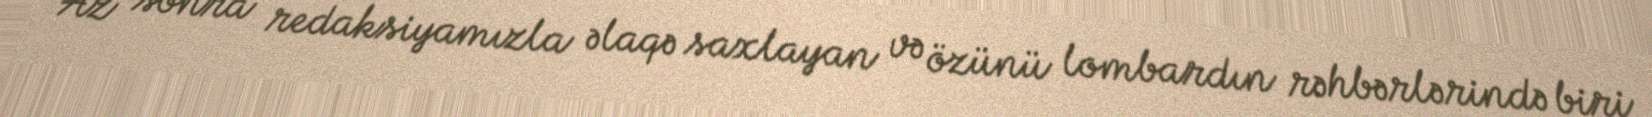
Az sonra redaksiyamızla əlaqə saxlayan və özünü lombardın rəhbərlərində biri